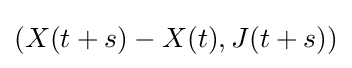
(X(t+s)-X(t),J(t+s))